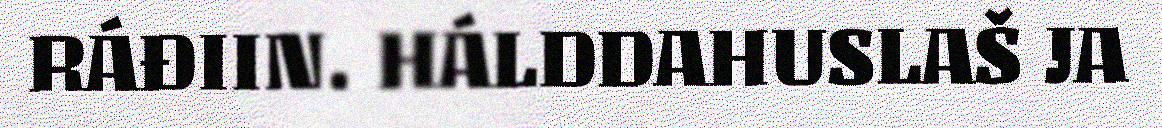
RÁĐIIN. HÁLDDAHUSLAŠ JA